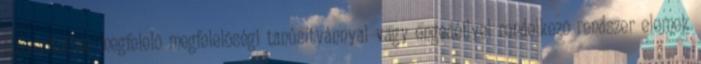
bizonyítottan megfelelõ megfelelõségi tanúsítvánnyal vagy engedéllyel rendelkezõ rendszer elemek